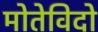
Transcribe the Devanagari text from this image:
मोतेविदो